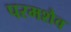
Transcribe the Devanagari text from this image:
परमशैव